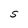
Character: S